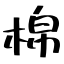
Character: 棉